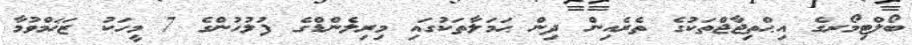
ބޯލްޓިމޯރގެ އިޙްތިޖާޖްތަކުގެ ތެރެއިން ދިން ޙަމަލާތަކުގައި މިރިލެންޑްގެ ފުލުހުންގެ 7 މީހަކު ޒަޚަމްވުމާ